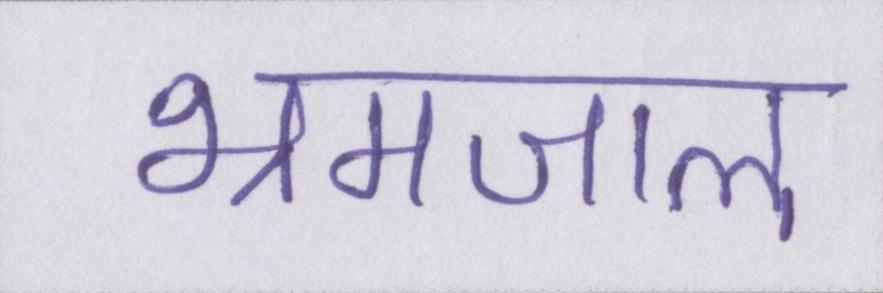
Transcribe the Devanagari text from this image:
भ्रमजाल